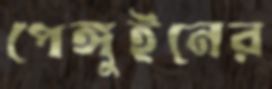
পেঙ্গুইনের